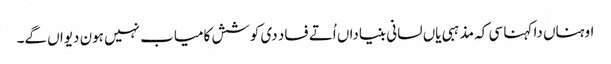
اوہناں دا کہنا سی کہ مذہبی یاں لسانی بنیاداں اُتے فساد دی کوشش کامیاب نہیں ہون دیواں گے۔